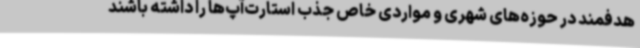
هدفمند در حوزه‌های شهری و مواردی خاص جذب استارت‌آپ‌ها را داشته باشند